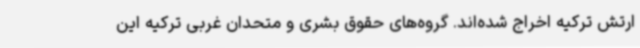
ارتش ترکیه اخراج شده‌اند. گروه‌های حقوق بشری و متحدان غربی ترکیه این